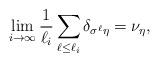
LaTeX: \begin{align*}\lim_{i\to\infty}\frac{1}{\ell_i}\sum_{\ell\leq \ell_i}\delta_{\sigma^\ell \eta}= \nu_\eta,\end{align*}